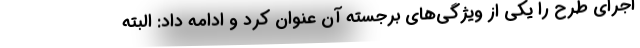
اجرای طرح را یکی از ویژگی‌های برجسته آن عنوان کرد و ادامه داد: البته